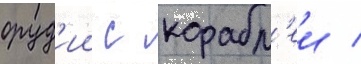
оруд'ии с корабл'еи /